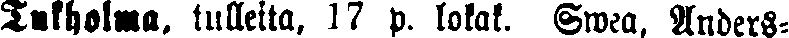
Tukholma, tulleita, 17 p. lokak. Swea. Anders-